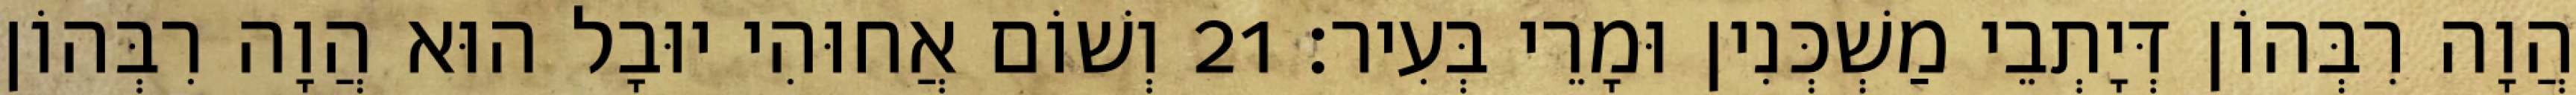
הֲוָה רִבְּהוֹן דְּיָתְבֵי מַשְׁכְּנִין וּמָרֵי בְּעִיר׃ 21 וְשׁוֹם אֲחוּהִי יוּבָל הוּא הֲוָה רִבְּהוֹן